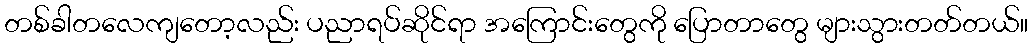
တစ်ခါတလေကျတော့လည်း ပညာရပ်ဆိုင်ရာ အကြောင်းတွေကို ပြောတာတွေ များသွားတတ်တယ်။